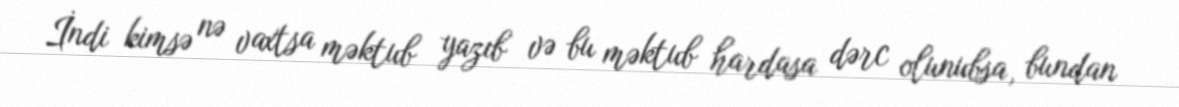
İndi kimsə nə vaxtsa məktub yazıb və bu məktub hardasa dərc olunubsa, bundan